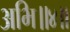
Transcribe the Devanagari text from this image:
अभि॥४॥